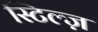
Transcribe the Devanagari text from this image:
स्टिल्ज़